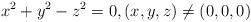
LaTeX: \begin{align*}x^2+y^2-z^2=0,(x,y,z)\neq (0,0,0)\end{align*}